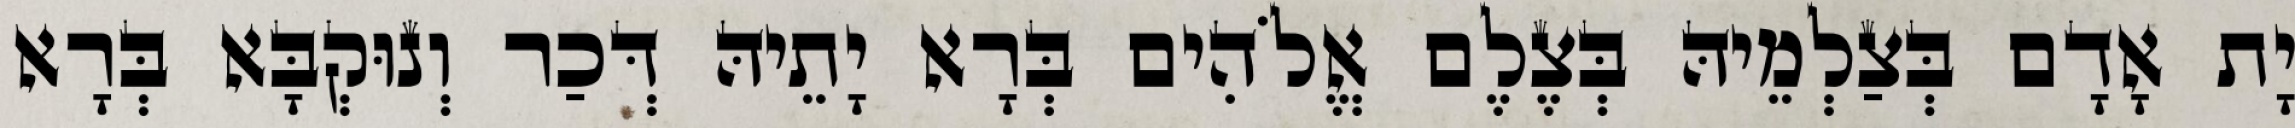
יָת אָדָם בְּצַלְמֵיהּ בְּצֶלֶם אֱלֹהִים בְּרָא יָתֵיהּ דְּכַר וְנוּקְבָּא בְּרָא